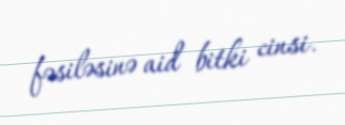
fəsiləsinə aid bitki cinsi.